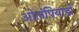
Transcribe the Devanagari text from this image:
ओलंपियाडों